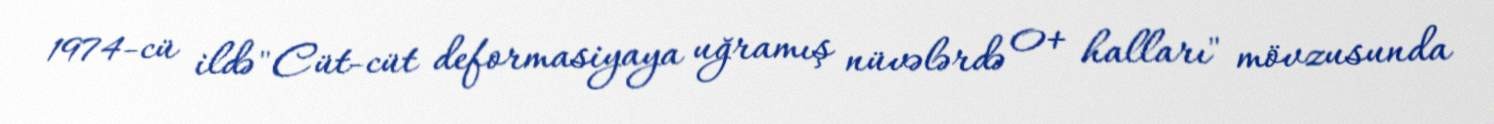
1974-cü ildə "Cüt-cüt deformasiyaya uğramış nüvələrdə 0+ halları" mövzusunda